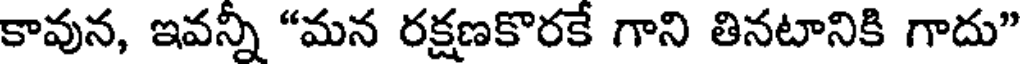
కావున, ఇవన్నీ "మన రక్షణకొరకే గాని తినటానికి గాదు"